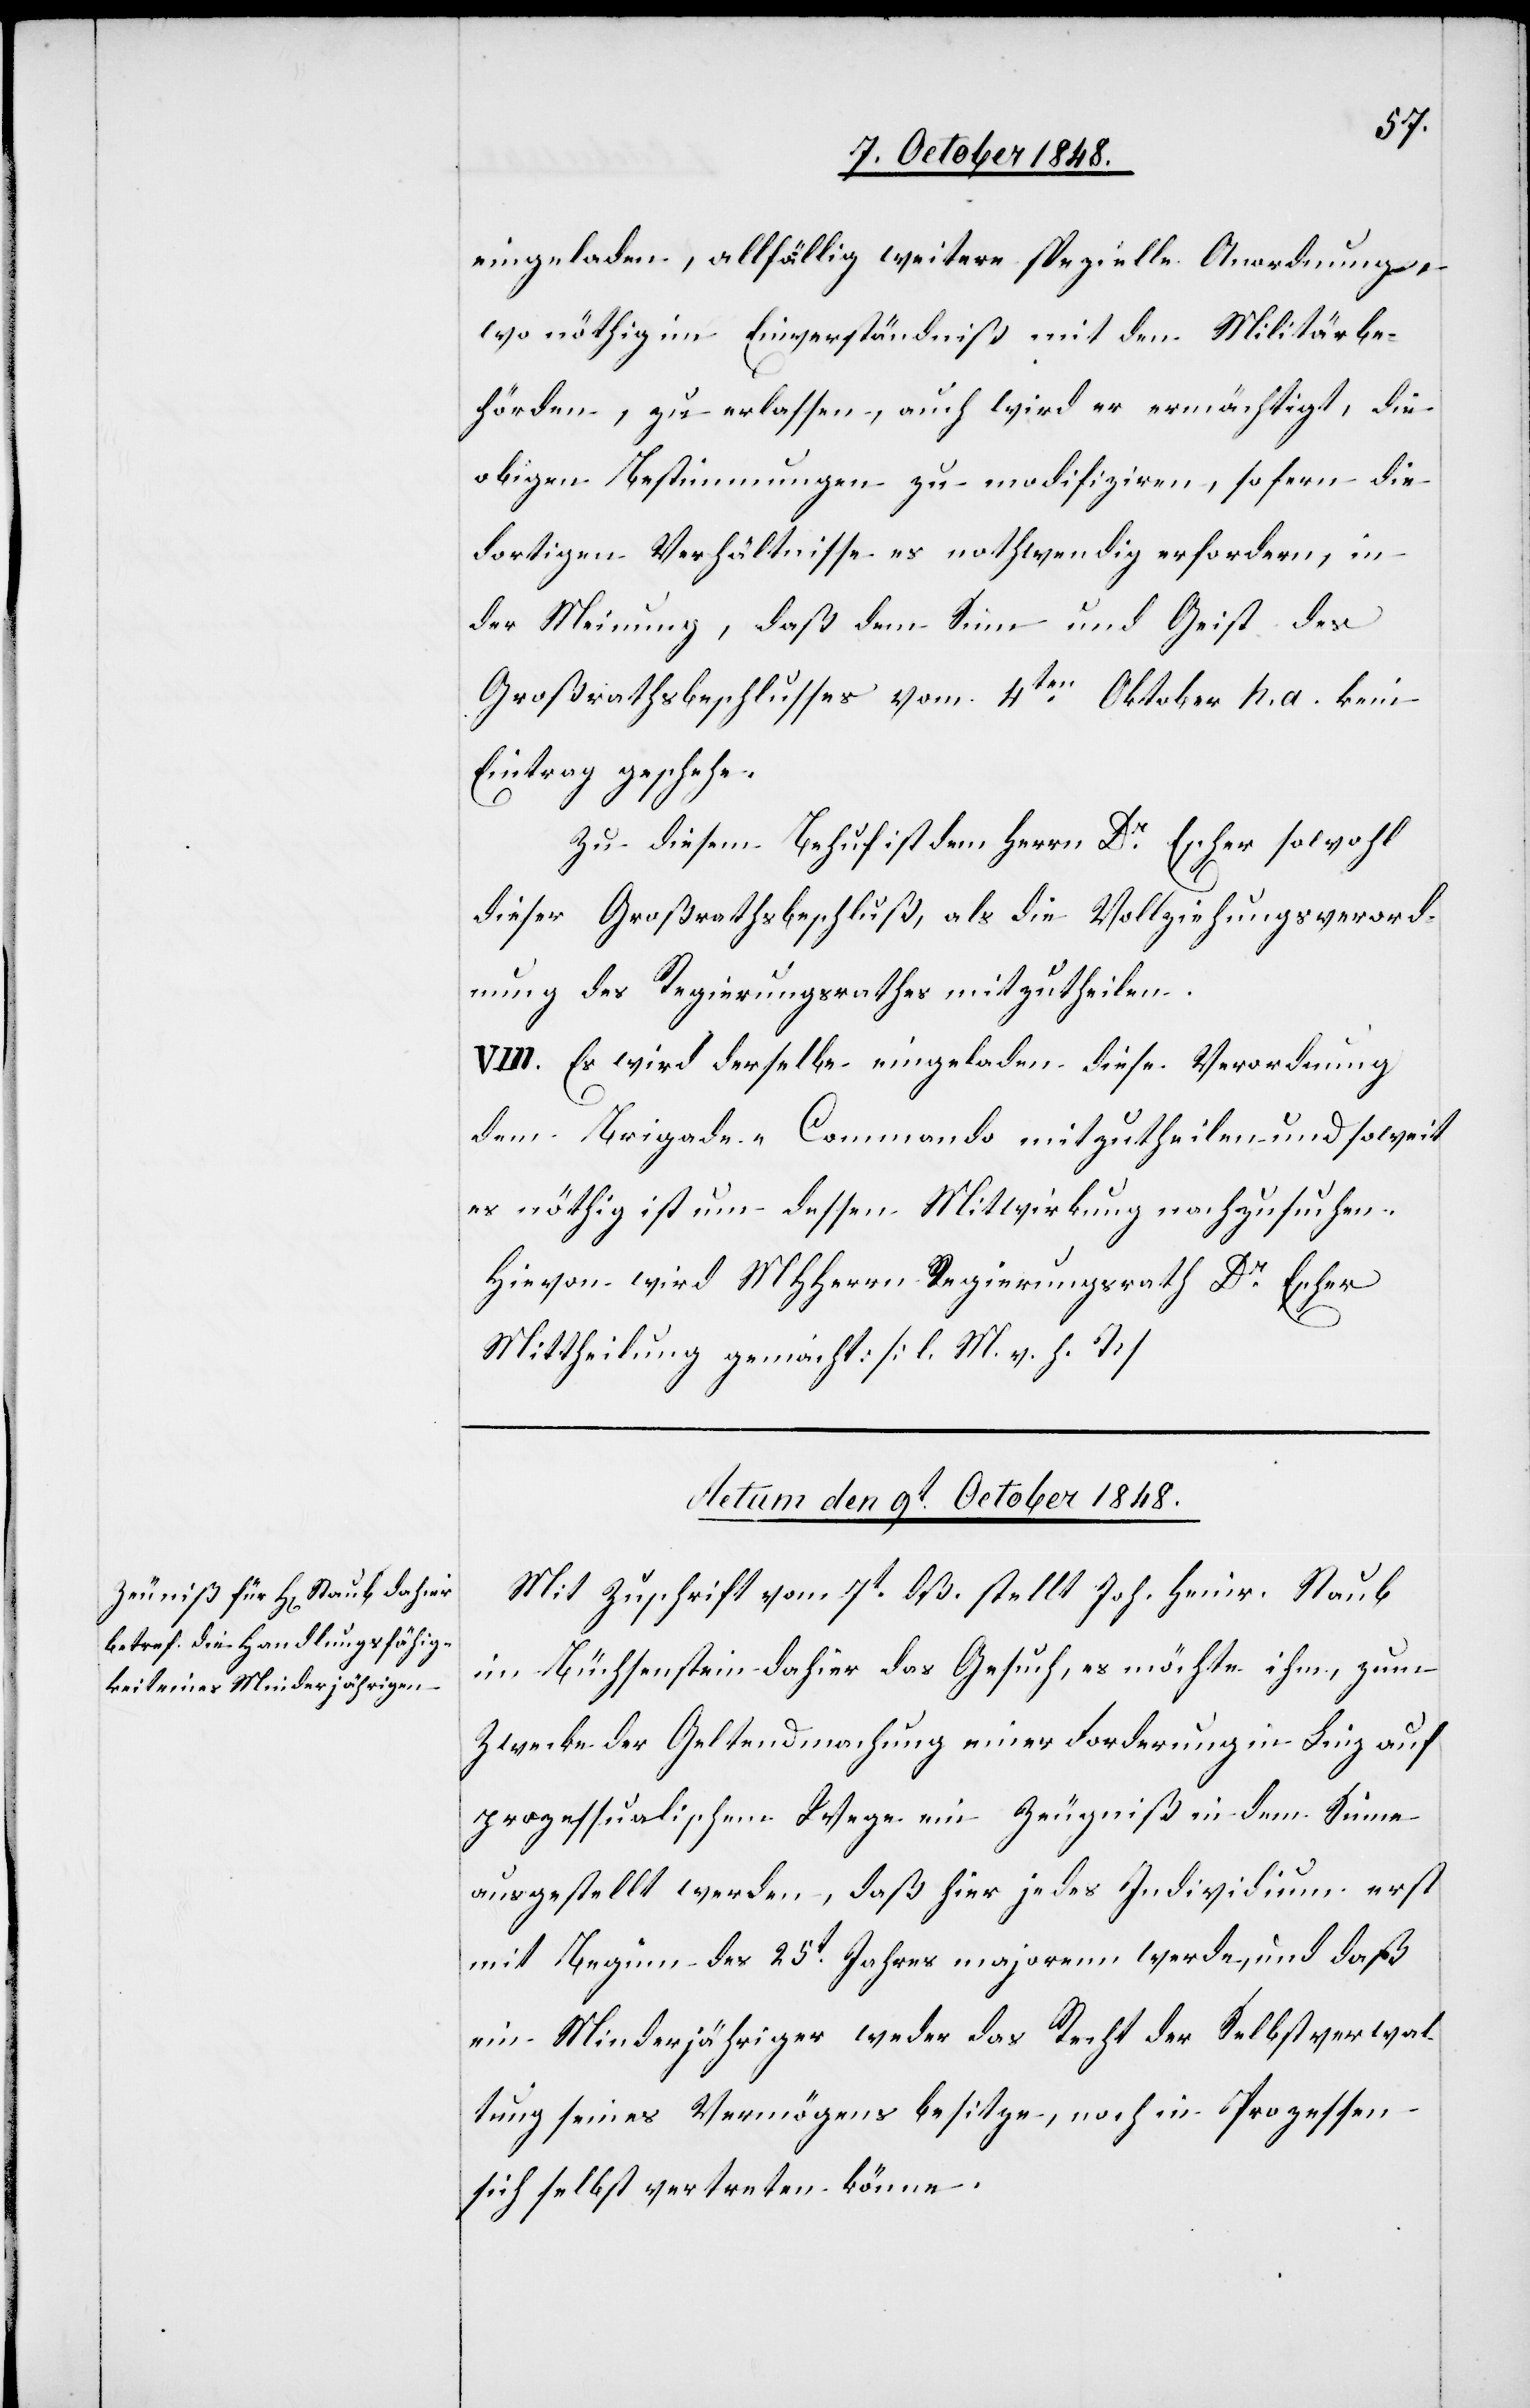
eingeladen, allfällig weitere spezielle Anordnungen,
wo nöthig im Einverständniß mit den Militärbe¬
hörden, zu erlassen, auch wird er ermächtigt, die
obigen Bestimmungen zu modifiziren, so fern die
dortigen Verhältnisse es nothwendig erfordern, in
der Meinung, daß dem Sinn und Geist des
Großrathsbeschlusses vom 4ten Oktober h. a. kein
Eintrag geschehe.
Zu diesem Behuf ist dem Herrn Dr Escher sowohl
dieser Großrathsbeschluß, als die Vollziehungsverord¬
nung des Regierungsrathes mitzutheilen.
VIII. Es wird derselbe eingeladen diese Verordnung
dem Brigade-Commando mitzutheilen und soweit
es nöthig ist um dessen Mitwirkung nachzusuchen.
Hievon wird MHHerrn Regierungsrath Dr Escher
Mittheilung gemacht: [l. M. v. h. T]
Actum den 9t October 1848.
Mit Zuschrift vom 7t dß. stellt Joh. Heinr. Staub
im Büchsenstein dahier das Gesuch, es möchte ihm, zum
Zwecke der Geltendmachung einer Forderung in Linz auf
prozessualischem Wege ein Zeugniß in dem Sinne
ausgestellt werden, daß hier jedes Individium [sic!]
mit Beginn des 25t Jahres majorenn werde, und daß
ein Minderjähriger weder das Recht der Selbstverwal¬
tung seines Vermögens besitze, noch in Prozessen
selbst vertreten könne.